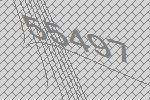
55497